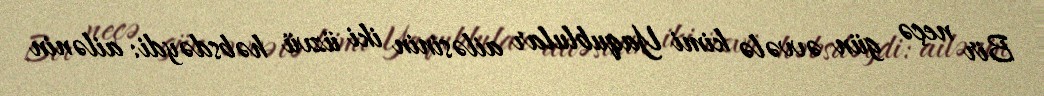
Bir neçə gün əvvələ kimi Yaqublular ailəsinin iki üzvü həbsdəydi: ailənin